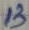
Text: 13